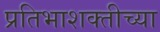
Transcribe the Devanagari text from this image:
प्रतिभाशक्तीच्या